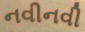
નવીનવી